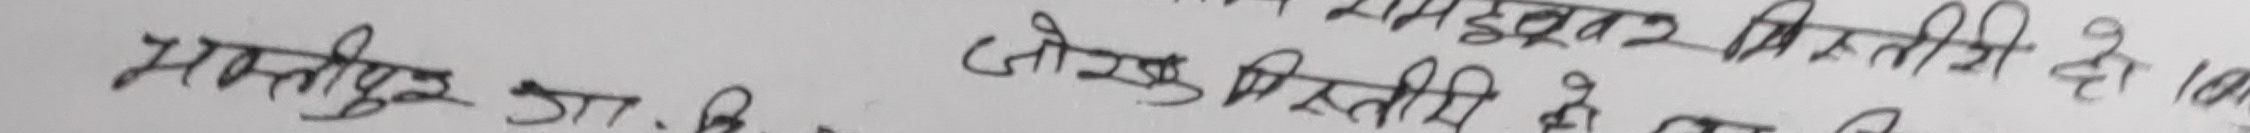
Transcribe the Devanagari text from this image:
मकनपुर शा. कि. जोखिम मितिमी दो को का